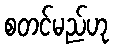
စတင်မည်ဟု